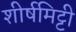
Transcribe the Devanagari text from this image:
शीर्षमिट्टी